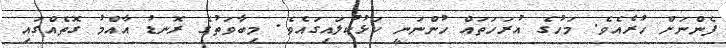
ފެންނަށް ހުރެއެވެ. މަހުގެ އުރަހަތައް ހުންނަނީ ކަޅުކުލައިގައެވެ. މިބާވަތުގެ ރޮނޑު އާއްމު ގޮތެއްގައި